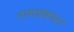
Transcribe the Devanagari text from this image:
रागप्रकाश